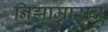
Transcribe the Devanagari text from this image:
निझामासच